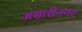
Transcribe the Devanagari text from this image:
अंसारीनगर